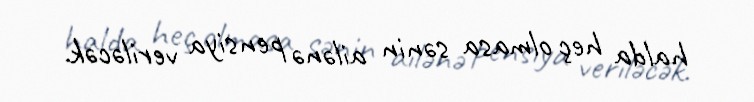
halda heç olmasa sənin ailənə pensiya veriləcək.